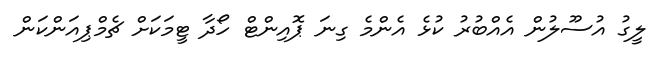
ލީގު އުސޫލުން އެއްބުރު ކުޅެ އެންމެ ގިނަ ޕޮއިންޓް ހޯދާ ޓީމަކަށް ޗެމްޕިއަންކަން